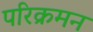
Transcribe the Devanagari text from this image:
परिक्रमन